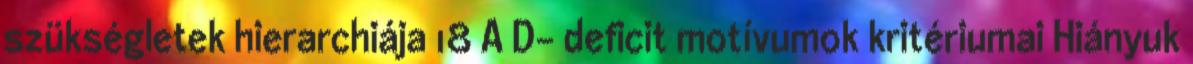
szükségletek hierarchiája 18 A D- deficit motívumok kritériumai Hiányuk